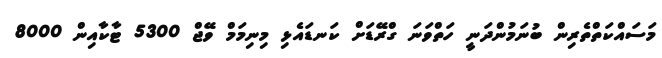
މަސައްކަތްތެރިން ބުނަމުންދަނީ ހަތްވަނަ ގްރޭޑަށް ކަނޑައެޅި މިނިމަމް ވޭޖް 5300 ޓާކާއިން 8000